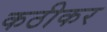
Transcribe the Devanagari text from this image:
कठीकर